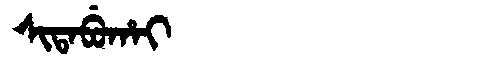
Manchu: ᠰᡳᡨᠠᠪᡠᡥᠠᡳ
Romanization: SITABUHAI